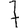
Digit: 7